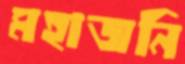
মহাজনি